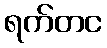
ရက်တင